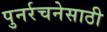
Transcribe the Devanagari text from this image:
पुनर्रचनेसाठी